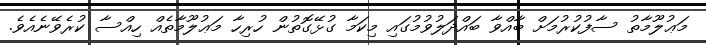
މަޢުލޫމާތު ސާފުކުރުމަށް ބާއްވާ ބައްދަލުވުމުގައި މިކަމާ ގުޅޭގޮތުން ހުރިހާ މަޢުލޫމާތެއް ހިއްސާ ކުރެވޭނެއެވެ.